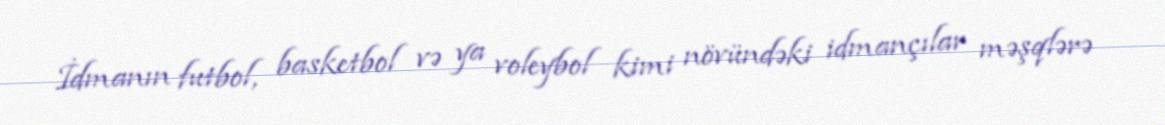
İdmanın futbol, basketbol və ya voleybol kimi növündəki idmançılar məşqlərə